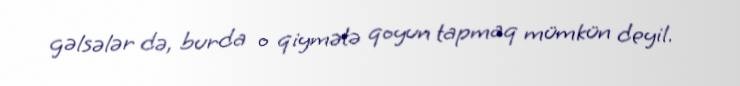
gəlsələr də, burda o qiymətə qoyun tapmaq mümkün deyil.